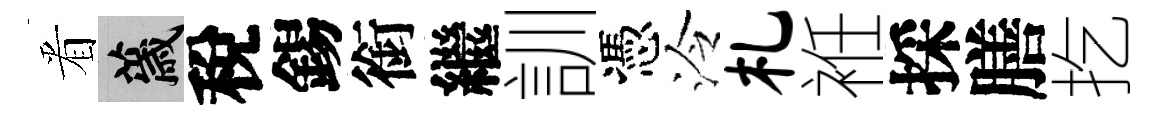
㸔薉稅錫銜繼訓憑泠札袵採膳扢